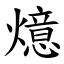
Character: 燱